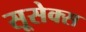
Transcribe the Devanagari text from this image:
सूसेक्स